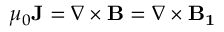
\mu _ { 0 } { \bf { J } } = \nabla \times { \bf { B } } = \nabla \times { \bf { B _ { 1 } } }